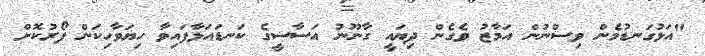
"އަޅުގަނޑުމެން ވިސްނުން އަމާޒު ވެގެން ދިޔައީ ގާނޫނު އަސާސީގެ ކަނޑައަޅާފައިވާ ހިޔަވާހިކަން ފޯރުކޮށް